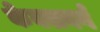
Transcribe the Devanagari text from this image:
केक्सबर्ग